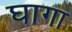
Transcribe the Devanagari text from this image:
घागा